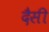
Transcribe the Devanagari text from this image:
दैसी